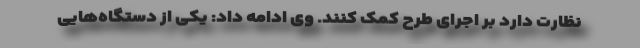
نظارت دارد بر اجرای طرح کمک کنند. وی ادامه داد: یکی از دستگاه‌هایی